Malarial fevers
Disease focus: Malaria
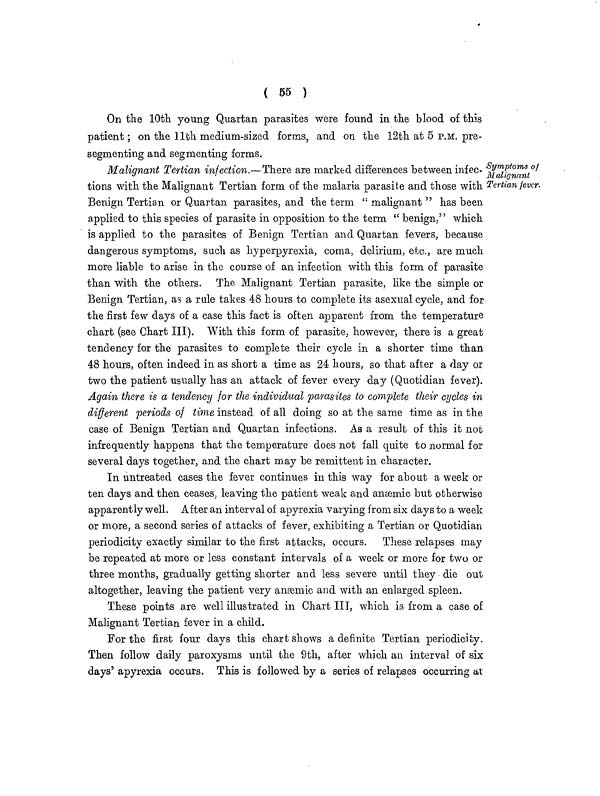
( 55 )
On the 10th young Quartan parasites were found in the blood of this
patient ; on the 11th medium-sized forms, and on the 12th at 5 P.M. pre-
segmenting and segmenting forms.
Symptoms of
Malignant
Tertian fever.
Malignant Tertian infection.— There are marked differences between infec-
tions with the Malignant Tertian form of the malaria parasite and those with
Benign Tertian or Quartan parasites, and the term " malignant " has been
applied to this species of parasite in opposition to the term " benign," which
is applied to the parasites of Benign Tertian and Quartan fevers, because
dangerous symptoms, such as hyperpyrexia, coma, delirium, etc., are much
more liable to arise in the course of an infection with this form of parasite
than with the others. The Malignant Tertian parasite, like the simple or
Benign Tertian, as a rule takes 48 hours to complete its asexual cycle, and for
the first few days of a case this fact is often apparent from the temperature
chart (see Chart III). With this form of parasite, however, there is a great
tendency for the parasites to complete their cycle in a shorter time than
48 hours, often indeed in as short a time as 24 hours, so that after a day or
two the patient usually has an attack of fever every day (Quotidian fever).
Again there is a tendency for the individual parasites to complete their cycles in
different periods of time instead of all doing so at the same time as in the
case of Benign Tertian and Quartan infections. As a result of this it not
infrequently happens that the temperature does not fall quite to normal for
several days together, and the chart may be remittent in character.
In untreated cases the fever continues in this way for about a week or
ten days and then ceases, leaving the patient weak and anæmic but otherwise
apparently well. After an interval of apyrexia varying from six days to a week
or more, a second series of attacks of fever, exhibiting a Tertian or Quotidian
periodicity exactly similar to the first attacks, occurs. These relapses may
be repeated at more or less constant intervals of a week or more for two or
three months, gradually getting shorter and less severe until they die out
altogether, leaving the patient very anaemic and with an enlarged spleen.
These points are well illustrated in Chart III, which is from a case of
Malignant Tertian fever in a child.
For the first four days this chart shows a definite Tertian periodicity.
Then follow daily paroxysms until the 9th, after which an interval of six
days' apyrexia occurs. This is followed by a series of relapses occurring at